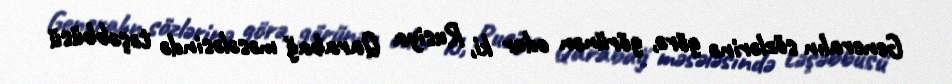
Generalın sözlərinə görə, görünən odur ki, Rusiya Qarabağ məsələsində təşəbbüsü